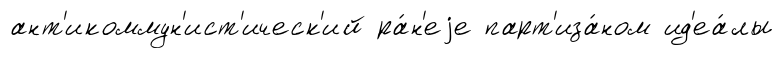
ант'икоммун'ист'ическ'ий ра́н'еjе парт'иза́ном ид'еа́лы